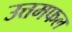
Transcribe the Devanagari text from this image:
उत्तमफल